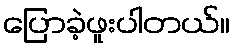
ပြောခဲ့ဖူးပါတယ်။